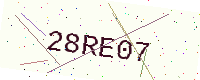
Text: 28RE07